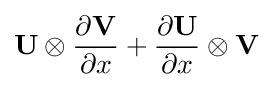
\mathbf {U} \otimes {\frac {\partial \mathbf {V} }{\partial x}}+{\frac {\partial \mathbf {U} }{\partial x}}\otimes \mathbf {V}